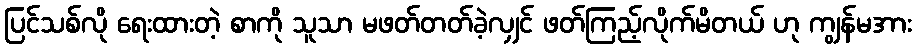
ပြင်သစ်လို ရေးထားတဲ့ စာကို သူသာ မဖတ်တတ်ခဲ့လျှင် ဖတ်ကြည့်လိုက်မိတယ် ဟု ကျွန်မအား